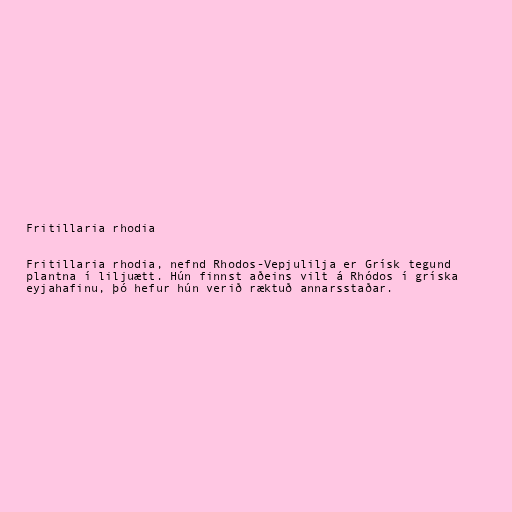
Fritillaria rhodia

Fritillaria rhodia, nefnd Rhodos-Vepjulilja er Grísk tegund
plantna í liljuætt. Hún finnst aðeins vilt á Rhódos í gríska
eyjahafinu, þó hefur hún verið ræktuð annarsstaðar.